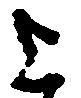
上